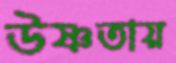
উষ্ণতায়